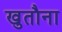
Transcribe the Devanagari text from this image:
खुतौना